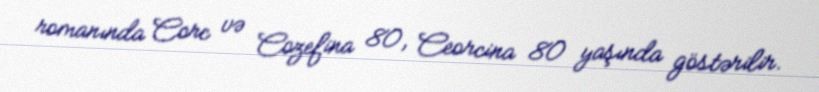
romanında Corc və Cozefina 80, Ceorcina 80 yaşında göstərilir.